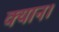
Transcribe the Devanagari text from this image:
क्यान।